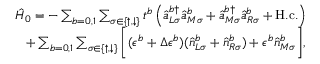
\begin{array} { r } { \hat { H } _ { 0 } = - \sum _ { b = 0 , 1 } \sum _ { \sigma \in \{ \uparrow , \downarrow \} } t ^ { b } \left( \hat { a } _ { L \sigma } ^ { b \dagger } \hat { a } _ { M \sigma } ^ { b } + \hat { a } _ { M \sigma } ^ { b \dagger } \hat { a } _ { R \sigma } ^ { b } + \mathrm { H . c . } \right) } \\ { + \sum _ { b = 0 , 1 } \sum _ { \sigma \in \{ \uparrow , \downarrow \} } \bigg [ ( \epsilon ^ { b } + \Delta \epsilon ^ { b } ) ( \hat { n } _ { L \sigma } ^ { b } + \hat { n } _ { R \sigma } ^ { b } ) + \epsilon ^ { b } \hat { n } _ { M \sigma } ^ { b } \bigg ] , } \end{array}